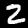
Digit: 2